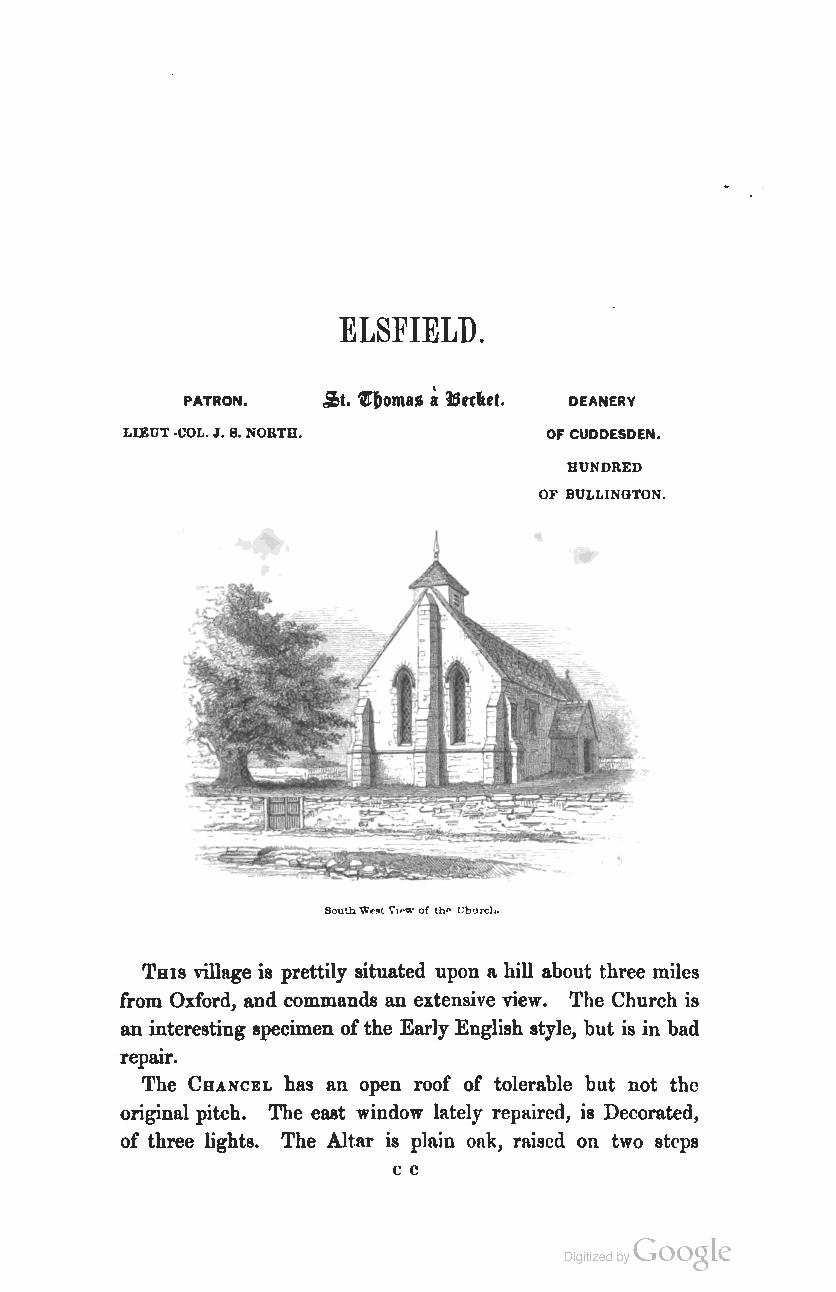
ELSFIELD.
 PATRON.                   DEANERY
 LlEUT -COL. J. 8. NORTH.    OF CUDDESDEN.
 HUNDRED
 OF BULLINGTON.
 THIS village i8 prettily situated upon a hill about three miles
 from Oxford, and commands an extensive view. The Church is
 an interesting specimen of the Early English style, but is in bad
 repair.
 The CHANCEL has an open roof of tolerable but not the
 original pitch. The el18t window lately repaircd, is Decorated,
 of three lights. The Altar is plain oRk, raiscd on two st('ps
 CC
 Coogle
 Digitized by